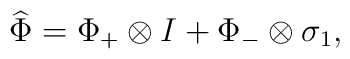
\widehat{\Phi}=\Phi_+\otimes I+\Phi_-\otimes\sigma_1,